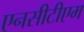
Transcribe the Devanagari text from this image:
एनसीटीएम